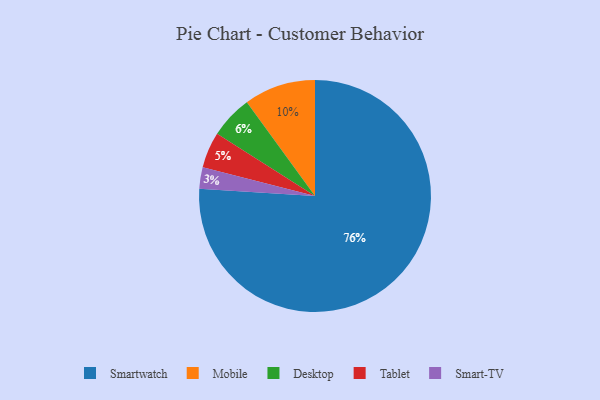
{"axis": {"x": "Category", "y": "Percentage"}, "legend": ["Desktop", "Mobile", "Smart-TV", "Smartwatch", "Tablet"], "data": [{"x": "Smart-TV", "y": 3, "type": "Smart-TV"}, {"x": "Desktop", "y": 6, "type": "Desktop"}, {"x": "Mobile", "y": 10, "type": "Mobile"}, {"x": "Tablet", "y": 5, "type": "Tablet"}, {"x": "Smartwatch", "y": 76, "type": "Smartwatch"}]}